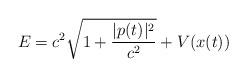
LaTeX: \begin{align*}E=c^2\sqrt{1+{|p(t)|^2 \over c^2}}+V(x(t))\end{align*}